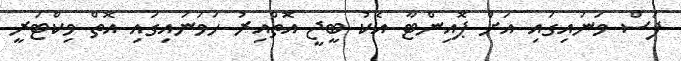
ފަސް ވަނައިގައި އަށް ޕޮއިންޓާ އެކު ބީޖީ އޮތްއިރު ހަވަނައިގައި އޮތް ވިކްޓަރީ